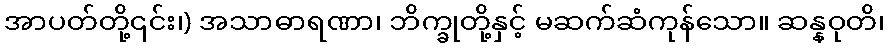
အာပတ်တို့၎င်း၊) အသာဓာရဏာ၊ ဘိက္ခုတို့နှင့် မဆက်ဆံကုန်သော။ ဆန္နဝုတိ၊